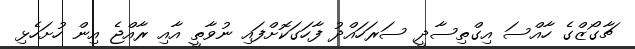
ޗާގޯޒްގެ ހާއްސަ އިގްތިސާދީ ސަރަހައްދު ފާހަގަކޮށްފައި ނުވާތީ އާއި ރާއްޖެ އިން ހުށަހެޅި